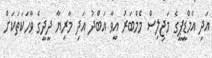
އަދި އެމްޑީޕީގެ މަޖިލިސް މެމްބަރު އީވާ އަބްދު އަދި މާރިޔާ ދީދީގެ ވާހަކަތަކަށް